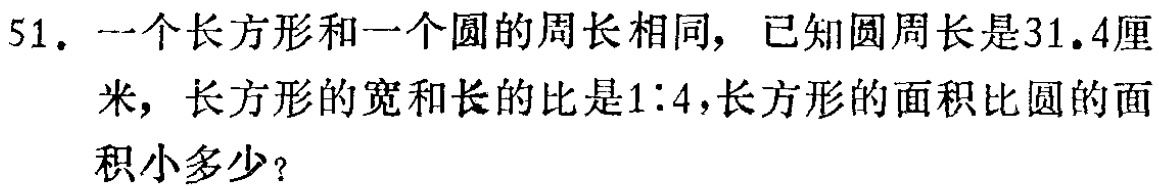
51. 一个长方形和一个圆的周长相同，已知圆周长是31.4厘米，长方形的宽和长的比是1:4，长方形的面积比圆的面积小多少？